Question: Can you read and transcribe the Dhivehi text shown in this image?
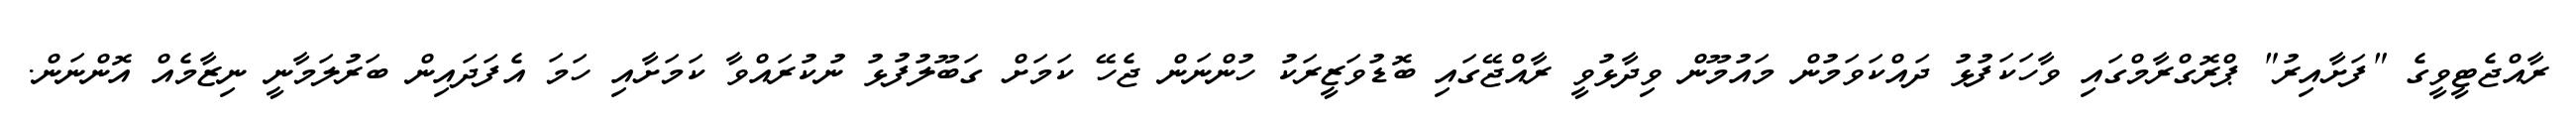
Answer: ރާއްޖެޓީވީގެ "ފަށާއިރު" ޕްރޮގްރާމްގައި ވާހަކަފުޅު ދައްކަވަމުން މައުމޫން ވިދާޅުވީ ރާއްޖޭގައި ބޮޑުވަޒީރަކު ހުންނަން ޖެހޭ ކަމަށް ގަބޫލުފުޅު ނުކުރައްވާ ކަމަށާއި ހަމަ އެފަދައިން ބަރުލަމާނީ ނިޒާމެއް އޮންނަން.